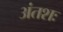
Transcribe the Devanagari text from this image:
अंतशः